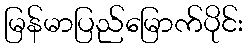
မြန်မာပြည်မြောက်ပိုင်း